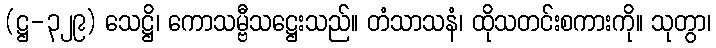
(ဋ္ဌ-၃၂၉) သေဋ္ဌိ၊ ကောသမ္ဗီသဋ္ဌေးသည်။ တံသာသနံ၊ ထိုသတင်းစကားကို။ သုတွာ၊